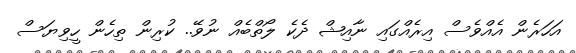
އަހަރެން އެއްވެސް އިރެއްގައި ނާއިޝް ދެކެ ލޯތްބެއް ނުވޭ.. ކުރިން ތިހެން ހީވިޔަސް